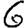
Digit: 6